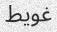
غويط